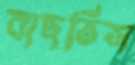
বাছতিস